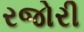
રજોરી